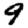
Digit: 9